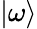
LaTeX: |\omega\rangle